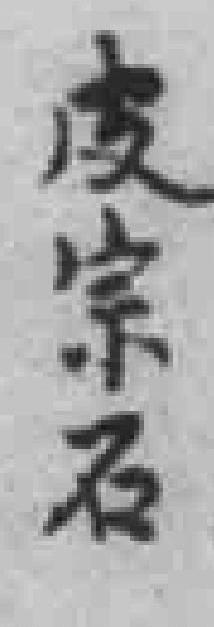
皮宗石